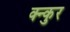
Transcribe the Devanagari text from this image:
क्न्कुर